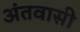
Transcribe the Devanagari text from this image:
अंतवासी